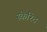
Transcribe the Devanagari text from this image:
स्केरिट